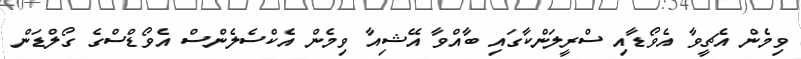
ވިމެން އެޗީވާ އެވޯޑާއި ސްރީލަންކާގައި ބާއްވާ އޭޝިއާ ވިމެން އެކްސެލެންސް އެވޯޑްސްގެ ގޯލްޑަން